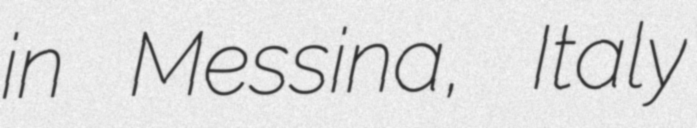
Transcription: in Messina, Italy